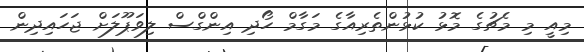
މިއީ މި މެޗުގެ މޮޅު ކުޅުންތެރިއާގެ މަގާމް ހޯދި އިންގްސް ލިވަޕޫލަށް ޖަހައިދިން